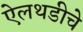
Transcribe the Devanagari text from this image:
ऐलथडीचे